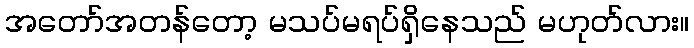
အတော်အတန်တော့ မသပ်မရပ်ရှိနေသည် မဟုတ်လား။